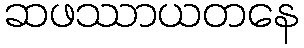
ဆဖဿာယတနေ